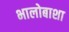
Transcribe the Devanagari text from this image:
भालोबाशा